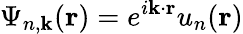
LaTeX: {\Psi}_{n,\mathbf{k}}(\mathbf{r})=e^{i\mathbf{k}\cdot\mathbf{r}}u_{n}(\mathbf{r})